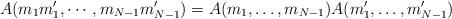
LaTeX: \begin{align*}A(m_1m_1', \cdots, m_{N-1}m_{N-1}') = A(m_1,\ldots,m_{N-1})A(m_1', \ldots, m_{N-1}')\end{align*}